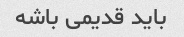
باید قدیمی باشه